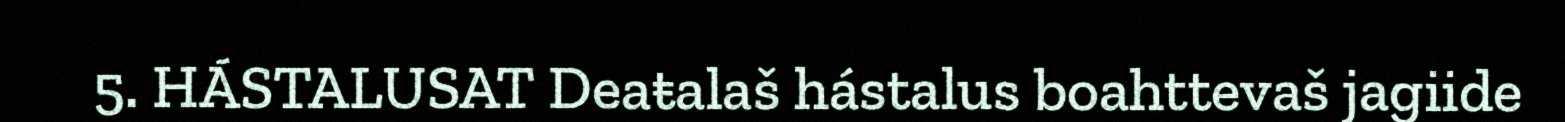
5. HÁSTALUSAT Deaŧalaš hástalus boahttevaš jagiide